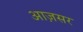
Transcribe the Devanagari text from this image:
आज़सर